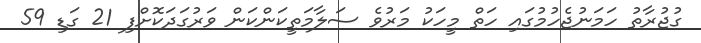
ގުޖުރާތު ހަމަނުޖެހުމުގައި ހަތް މީހަކު މަރުވެ ސަލާމަތީކަންކަން ވަރުގަދަކޮށްފި 21 ގަޑި 59